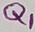
Text: Q1